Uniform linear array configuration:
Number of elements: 8
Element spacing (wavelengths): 1
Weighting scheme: binomial
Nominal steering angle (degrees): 45
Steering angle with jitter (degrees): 46.888
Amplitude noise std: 0.05
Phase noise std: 0.05

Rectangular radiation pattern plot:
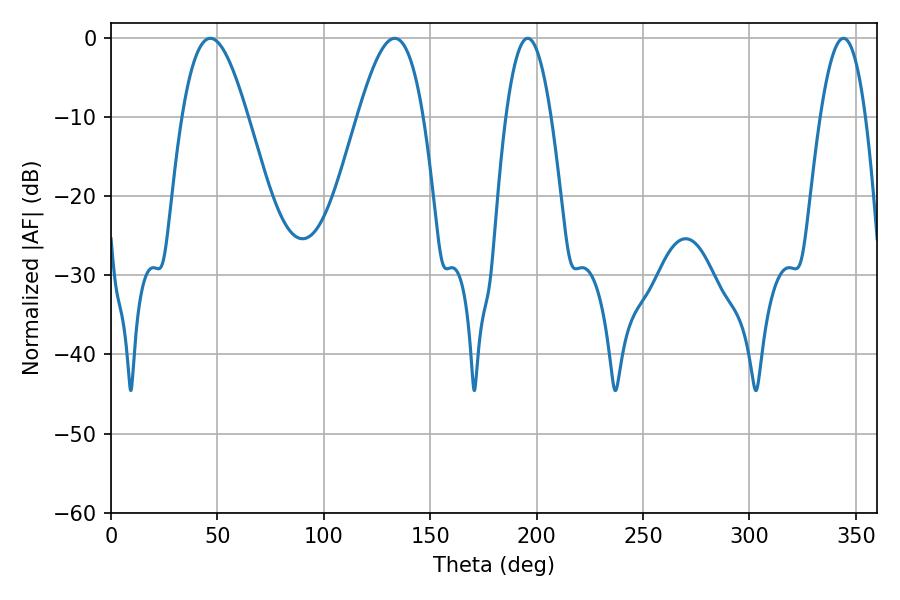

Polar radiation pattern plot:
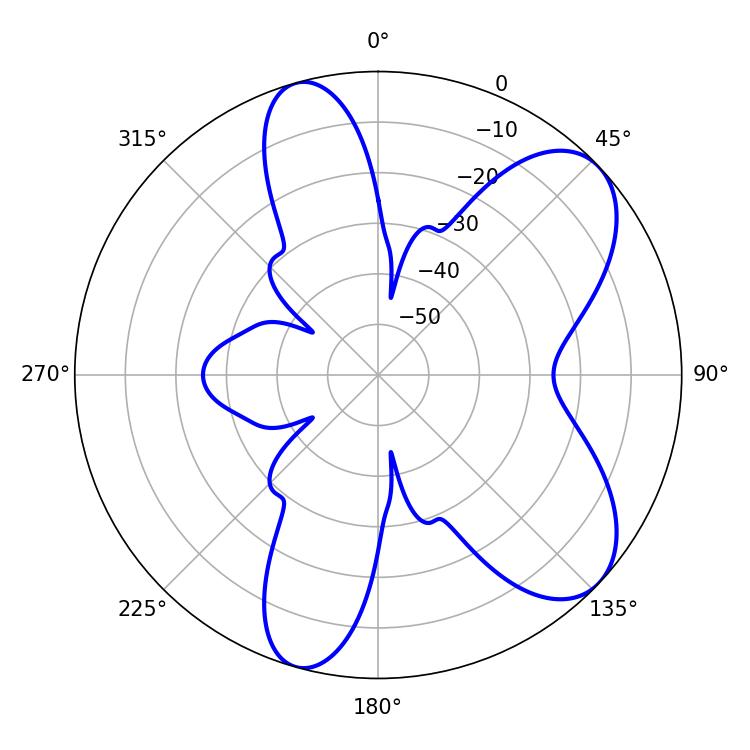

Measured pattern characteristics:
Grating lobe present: TRUE
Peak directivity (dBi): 7.596
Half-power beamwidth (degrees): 11.7
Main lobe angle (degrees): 195.84